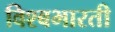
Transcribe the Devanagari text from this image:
विश्बभारती